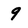
Character: 9